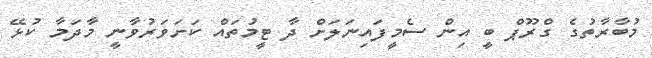
މުބާރާތުގެ ގްރޫޕް ބީ އިން ސެމީފައިނަލަށް ދާ ޓީމުތައް ކަށަވަރުވާނީ މާދަމާ ކުޅޭ